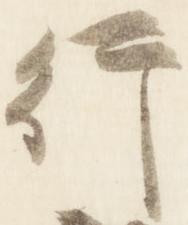
行